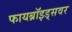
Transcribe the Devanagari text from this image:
फायब्रॉइड्‌सवर